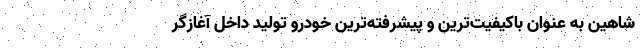
شاهين به عنوان باكيفيت‌ترين و پيشرفته‌ترين خودرو توليد داخل آغازگر